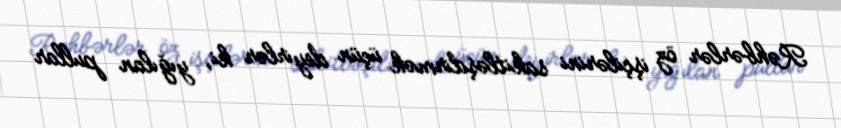
Rəhbərlər öz işçilərini sakitləşdirmək üçün deyirlər ki, yığılan pullar